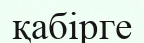
қабірге